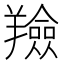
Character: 羷